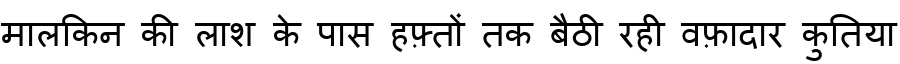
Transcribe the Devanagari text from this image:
मालकिन की लाश के पास हफ़्तों तक बैठी रही वफ़ादार कुतिया